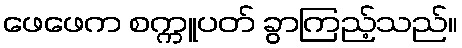
ဖေဖေက စက္ကူပတ် ခွာကြည့်သည်။